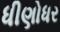
ધીણોધર